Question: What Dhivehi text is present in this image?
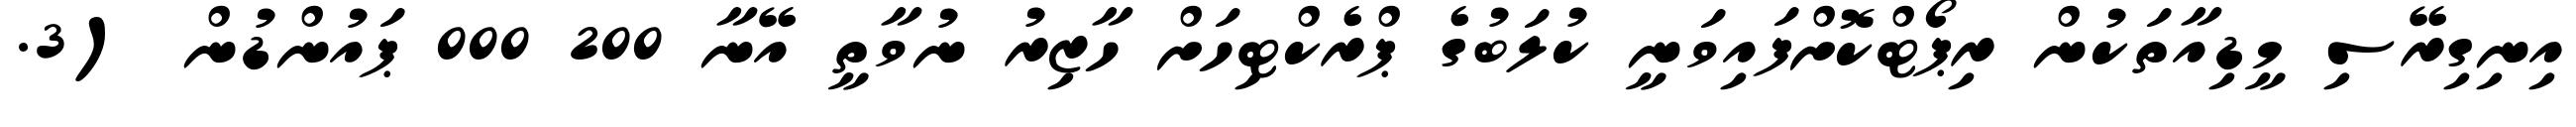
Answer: އިނިގިރޭސި މީޑިއާތަކުން ރިޕޯޓްކޮށްފައިވަނީ ކުލަބުގެ ޕްރެކްޓިހަށް ހާޒިރު ނުވާތީ އޭނާ 200 000 ޕައުންޑުން (3.